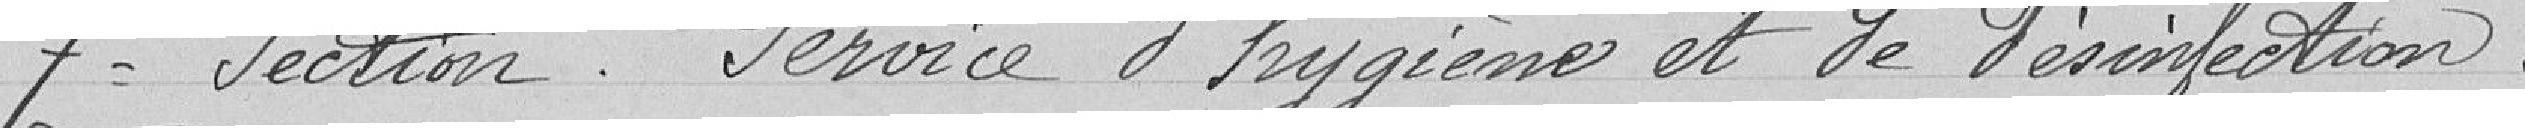
7e section Service d'hygiène et de désinfection